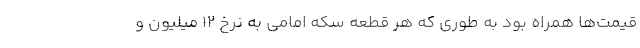
قیمت‌ها همراه بود به طوری که هر قطعه سکه امامی به نرخ ۱۲ میلیون و